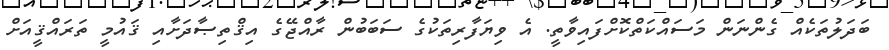
ބަދަލުތަކެއް ގެންނަން މަސައްކަތްކޮށްފައިވާތީ. އެ ވިޔަފާރިތަކުގެ ސަބަބުން ރާއްޖޭގެ އިޤްތިޞާދަށާއި ޤައުމީ ތަރައްޤީއަށް